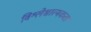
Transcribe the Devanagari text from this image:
विश्लेश्नात्मकता